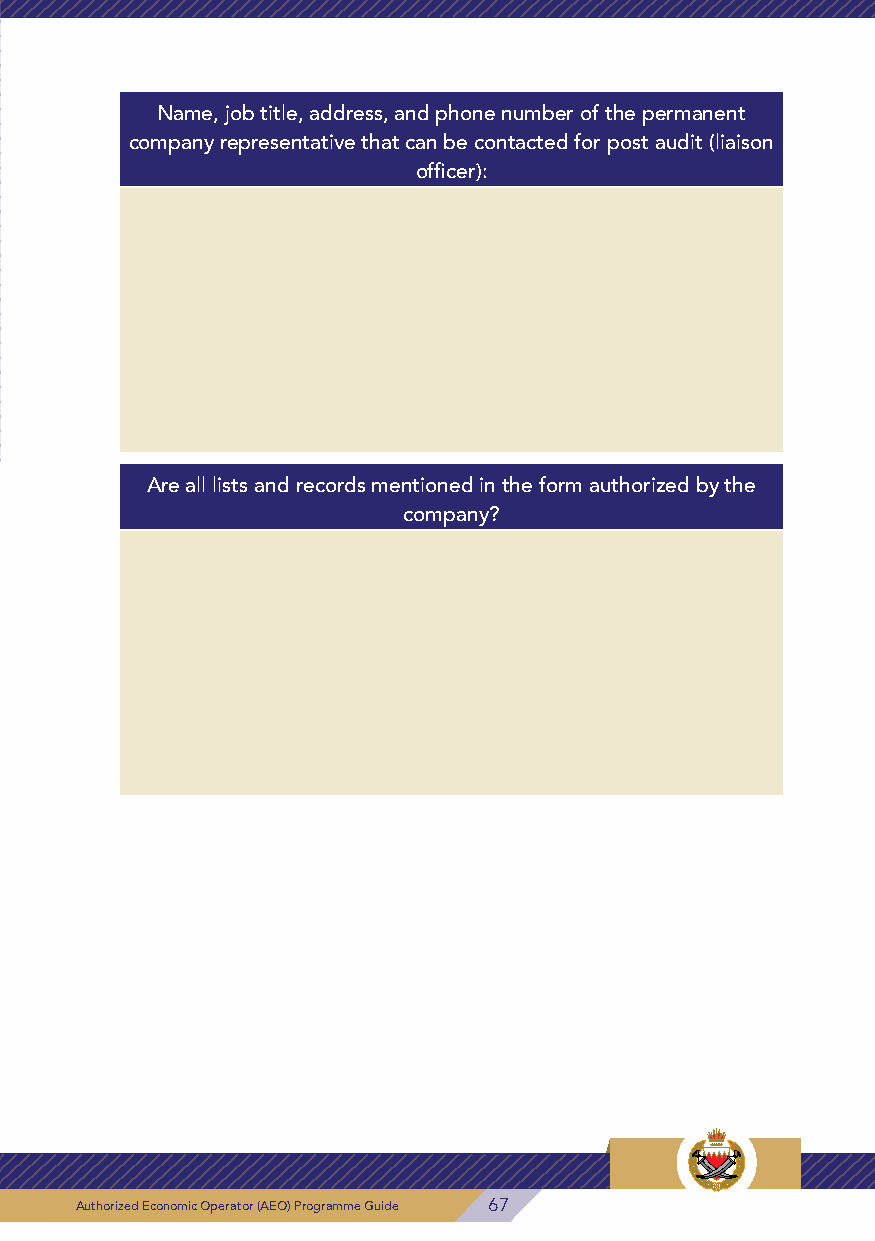
Name, job title, address, and phone number of the permanent
 company representative that can be contacted for post audit (liaison
 officer):
 Are all lists and records mentioned in the form authorized by the
 company?
 68 Authorized Economic Operator (AEO) Programme Guide Authorized Economic Operator (AEO) Programme Guide 67